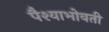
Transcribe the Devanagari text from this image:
पैश्याभोवती